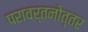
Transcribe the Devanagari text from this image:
परावर्तनोत्तर